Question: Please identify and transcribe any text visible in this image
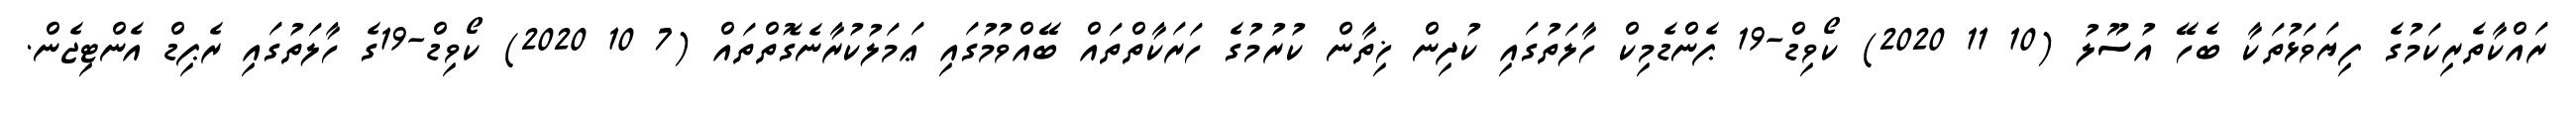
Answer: ރައްކާތެރިކަމުގެ ފިޔަވަޅުތަކާ ބެހޭ އުސޫލު (10 11 2020) ކޯވިޑް-19 ޕެންޑެމިކް ހާލަތުގައި ކުދިން ޚިތާން ކުރުމުގެ ހަރަކާތްތައް ބޭއްވުމުގައި ޢަމަލުކުރާނެގޮތްތައް (7 10 2020) ކޯވިޑް-19ގެ ހާލަތުގައި ރެޕިޑް އެންޓިޖެން.